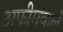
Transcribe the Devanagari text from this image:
अफीमवाले